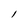
Character: l